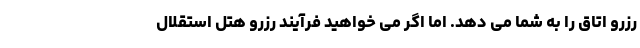
رزرو اتاق را به شما می دهد. اما اگر می خواهید فرآیند رزرو هتل استقلال